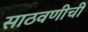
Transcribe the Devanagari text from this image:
साठवणीची